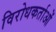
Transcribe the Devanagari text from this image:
विरोधकर्ताओं